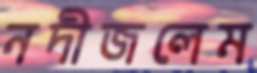
নদীজলেম